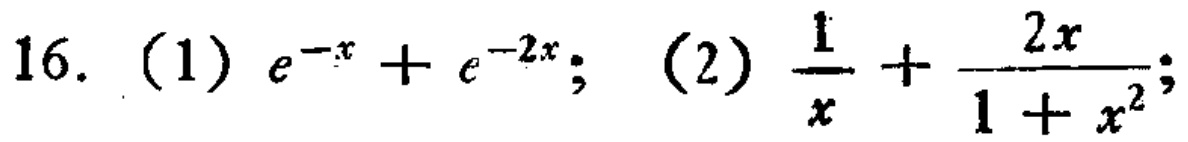
16. (1) \(e^{-x}+e^{-2x}\); (2) \(\frac{1}{x}+\frac{2x}{1 + x^{2}}\);